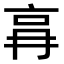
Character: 𠱗